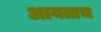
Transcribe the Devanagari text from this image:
आयताच